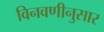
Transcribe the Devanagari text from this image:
विनवणीनुसार